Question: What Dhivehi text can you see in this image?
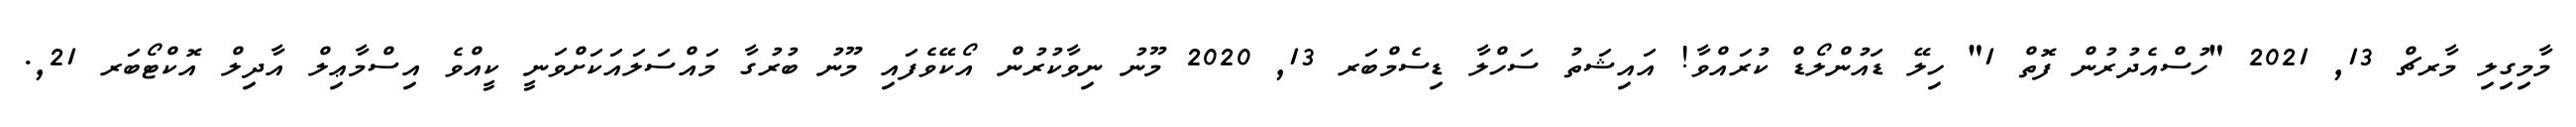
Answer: މާމިގިލި މާރޗް 13, 2021 "ހުސްއެދުރުން ފޮތް 1" ހިލޭ ޑައުންލޯޑް ކުރައްވާ! އައިޝަތު ސަހްލާ ޑިސެމްބަރ 13, 2020 މޫނު ނިވާކުރުން އޯކޭވެފައި މޫނު ބުރުގާ މައްސަލައަކަށްވަނީ ކީއްވެ އިސްމާޢިލް އާދިލް އޮކްޓޯބަރ 21,.